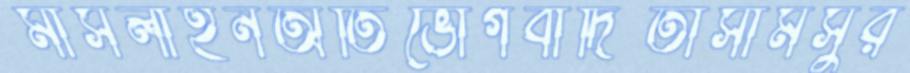
মাসলাইনঅতিভোগবাদিতাসামসুর